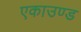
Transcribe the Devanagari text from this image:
एकाउण्ड